Medical and sanitary report of the native army of Bengal for the year
Year: 1874
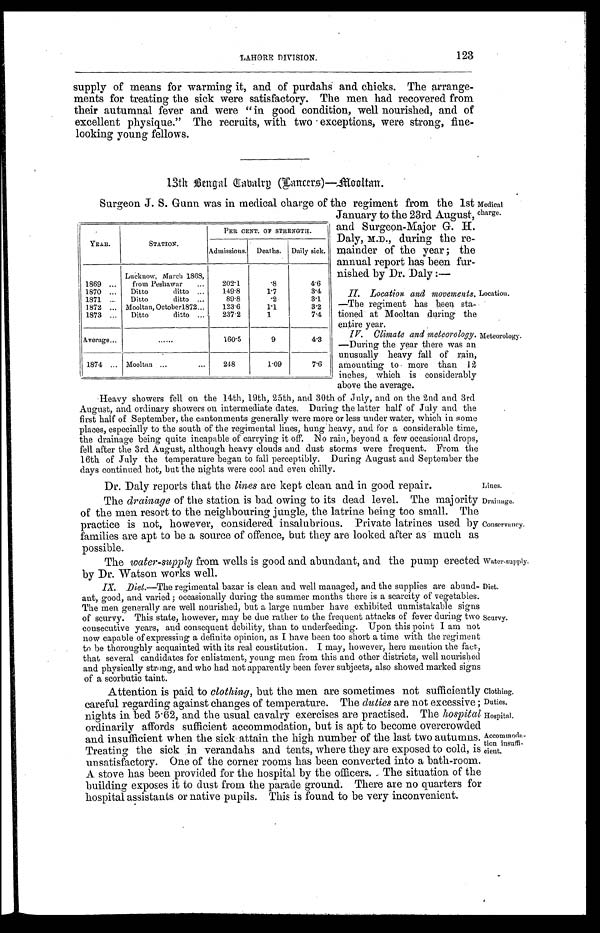
LAHORE DIVISION.
123
Lines.
Drainage.
Conservancy.
Water-supply.
Diet.
Scurvy.
Clothing.
Duties.
Hospital.
Accommoda-
tion insuffi-
cient.
supply of means for warming it, and of purdahs and chicks. The arrange-
ments for treating the sick were satisfactory. The men had recovered from
their autumnal fever and were "in good condition, well nourished, and of
excellent physique."The recruits, with two exceptions, were strong, fine
-
looking young fellows.
13th Bengal Cavalry (Lancers) —Mooltan.
Surgeon J. S. Gunn was in medical charge of the regiment from the 1st
January to the 23rd August,
and Surgeon-Major G. H.
Daly, M.D., during the re
-mainder of the year; the
annual report has been fur
-
nished by Dr. Daly:—
II. Location. and movements.
—The regiment has been sta
-
tioned at Mooltan during the
entire year.
IV. Climate and meteorology.
—During the year there was an
unusually heavy fall of rain,
amounting to more than 12
inches, which is considerably
a b o v e t h e a v e r a g e .
Heavy showers fell on the 14th, 19th, 25th, and 30th of July, and on the 2nd and 3rd
August, and ordinary showers on intermediate dates. During the latter half of July and the
first half of September, the cantonments generally were more or less under water, which in some
places, especially to the south of the regimental lines, hung heavy, and for a considerable time,
the drainage being quite incapable of carrying it off. No rain, beyond a few occasional drops,
fell after the 3rd August, although heavy clouds and dust storms were frequent. From the
16th of July the temperature began to fall perceptibly. During August and September the
days continued hot, but the nights were cool and even chilly.
Dr. Daly reports that the lines are kept clean and in good repair.
The drainage of the station is bad owing to its dead level. The majority
of the men resort to the neighbouring jungle, the latrine being too small. The
practice is not, however, considered insalubrious. Private latrines used by
families are apt to be a source of offence, but they are looked after as much as
p o s s i b l e .
The water-supply from wells is good and abundant, and the pump erected
by Dr. Watson works well.
IX. Diet.—The regimental bazar is clean and well managed, and the supplies are abund
-
ant, good, and varied; occasionally during the summer months there is a scarcity of vegetables.
The men generally are well nourished, but a large number have exhibited unmistakable signs
of scurvy. This state, however, may be due rather to the frequent attacks of fever during two
consecutive years, and consequent debility, than to underfeeding. Upon this point I am not
now capable of expressing a definite opinion, as I have been too short a time with the regiment
to be thoroughly acquainted with its real constitution. I may, however, here mention the fact,
that several candidates for enlistment, young men from this and other districts, well nourished
and physically strong, and who had not apparently been fever subjects, also showed marked signs
o f a s c o r b u t i c t a i n t .
Attention is paid to clothing, but the men are sometimes not sufficiently
careful regarding against changes of temperature. The duties are not excessive;
nights in bed 5.62, and the usual cavalry exercises are practised. The hospital
ordinarily affords sufficient accommodation, but is apt to become overcrowded
and insufficient when the sick attain the high number of the last two autumns.
Treating the sick in verandahs and tents, where they are exposed to cold, is
unsatisfactory. One of the corner rooms has been converted into a bath-room.
A stove has been provided for the hospital by the officers. The situation of the
building exposes it to dust from the parade ground. There are no quarters for
hospital assistants or native pupils. This is found to be very inconvenient.
YEAR.
STATION.
PER CENT. OF STRENGTH.
Admissions. Deaths. Daily sick.
1869 . . .
Lucknow, March 1868,
from Peshawar . . .
202.1
.8
4.6
1870 . . .
Ditto
ditto . . .
149.8
1.7
3.4
1871 . . .
Ditto
ditto . . .
89.8
.2
3.1
1872 . . . Mooltan, October1872 . . .
123.6
1.1
3.2
1873 . . .
Ditto
ditto . . .
237.2
1
7.4
Average . . .
. . .
160.5
9
4.3
1874
. . . Mooltan . . .
24.8
1.09
7.6
Medical
charge.
Location.
Meteorology.